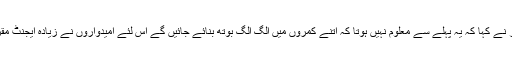
پریذائڈنگ افسر نے کہا کہ یہ پہلے سے معلوم نہیں ہوتا کہ اتنے کمروں میں الگ الگ بوتھ بنائے جائیں گے اس لئے امیدواروں نے زیادہ ایجنٹ مقرر نہیں کئے ۔